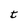
Character: t